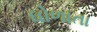
ઘોળાતા